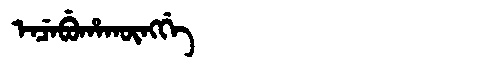
Manchu: ᡝᠨᠴᡝᠪᡠᡥᠠᡴᡡᠩᡤᡝ
Romanization: ENCEBUHAKŪNGGE